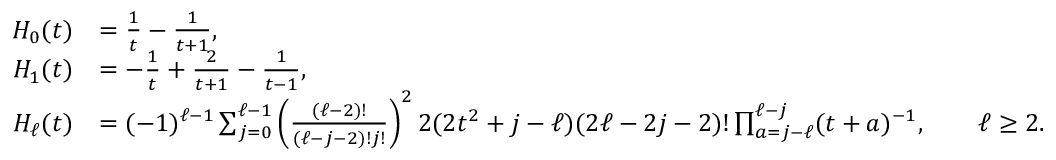
\begin{array} { r l } { H _ { 0 } ( t ) } & { = { \frac { 1 } { t } } - { \frac { 1 } { t + 1 } } , } \\ { H _ { 1 } ( t ) } & { = - \frac { 1 } { t } + \frac { 2 } { t + 1 } - \frac { 1 } { t - 1 } , } \\ { H _ { \ell } ( t ) } & { = ( - 1 ) ^ { \ell - 1 } \sum _ { j = 0 } ^ { \ell - 1 } \left( { \frac { ( \ell - 2 ) ! } { ( \ell - j - 2 ) ! j ! } } \right) ^ { 2 } 2 ( 2 t ^ { 2 } + j - \ell ) ( 2 \ell - 2 j - 2 ) ! \prod _ { a = j - \ell } ^ { \ell - j } ( t + a ) ^ { - 1 } , \qquad \ell \ge 2 . } \end{array}